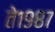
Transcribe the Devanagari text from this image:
ते१९८७